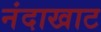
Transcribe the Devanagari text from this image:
नंदाखाट